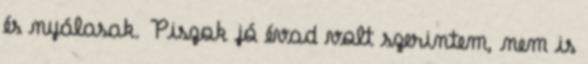
és nyálasak. Piszok jó évad volt szerintem, nem is